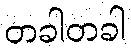
တခါတခါ